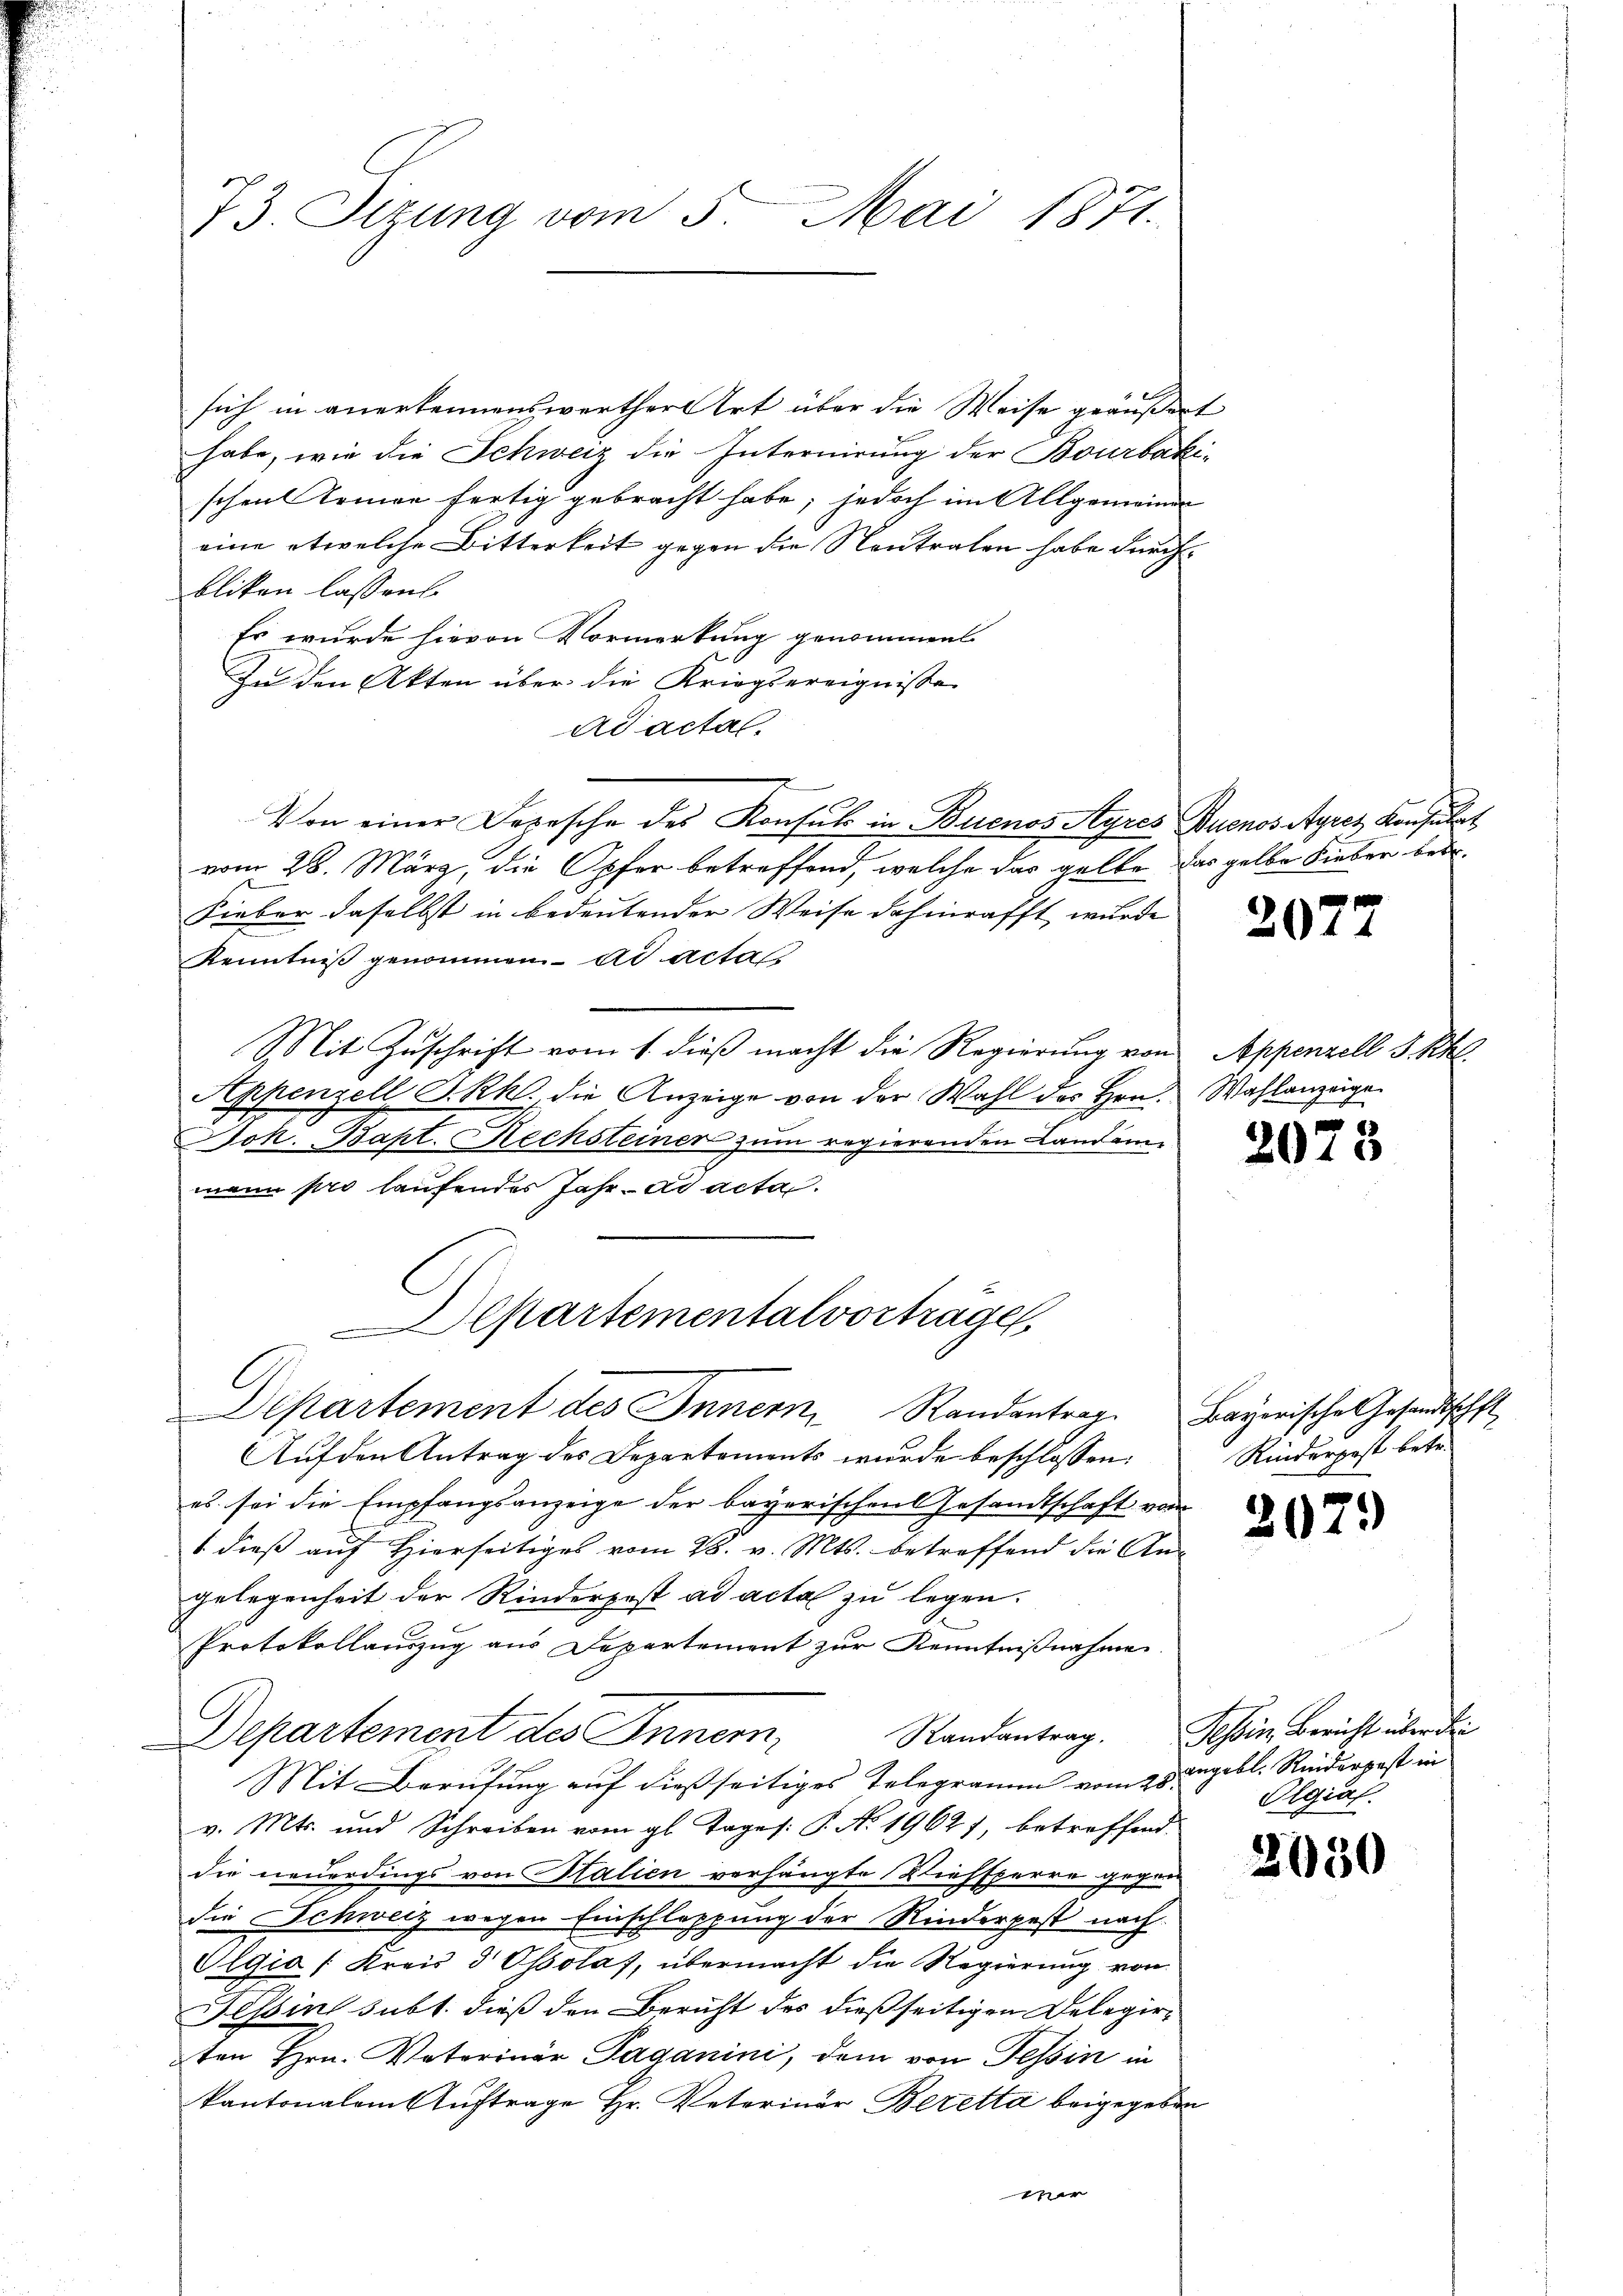
73. Setzung vom 5. Mai 1871.

sich in anerkennenswerther Art über die Weise geäußert
habe, wie die Schweiz die Internirung der Bourbaki-
schen Armen fertig gebracht habe; jedoch im Allgemeines
eine etwelche Bitterkeit gegen die Kontralen habe durchbliken lassen.
Es wurde hievon Vormerkung genommen.
In den Akten über die Kriegsereignisse
ad actal.
Von einer Depesche des Konsul in Buenos Ayres Buenos Ayres Konsulat
vom 26. März, die Opfer betreffend, welche das gelbe das gelbe Lieber betr.
Fieber daselbst in bedeutender Weise dahinrafft wurde |
Kenntniß genommen ad acta
Mit Zuschrift vom 1. dieß macht die Regierung von
Appenzell I.Rh., die Anzeige von der Wahl des Hrn. Wahlanzeige
Joh. Bapt. Rechsteiner zum regierenden Landammann pro laufendes Jahr - ad acta.
Departementalvorträge
Departement des Innern Randantrag. Bayerische Gesandtschft
Auf den Antrag des Departements wurde beschlossen:
es sei die Empfangsanzeige der bayerischen Gesandtschaft vom
1 dieß auf Hierseitiges vom 28. v. Mts. betreffend die An-
gelegenheit der Rinderpost ad acta zu legen.
Protokollauszug aus Departement zur Kenntnißnahme.
Departement des Innern, Randantrag.
Mit Berufung auf dießseitiges Telegramm vom 25 angebl. Reiderpest in
v. Mts. und Schreiben vom gl. Tages: P. Nr. 19627, betreffend
die neuerdings von Stalien verhängte Viehsperre gegen
die Schweiz wegen Einschleppung der Rinderpest nach
Olgia (Kreis d Ossolaf, übermacht die Regierung von
Hessin subt. dieß den Bericht des dießseitigen Delegir-
ten Hrn. Vaterinär Paganini, dem von Tessin in
kantonalem Auftrage Hr. Veterinär Beretta beigegeben
mir

2077

Appenzell S. Rh.

207

Rinderpost betr.

2079)

Schein Bericht über de
Olgias.

2030

E